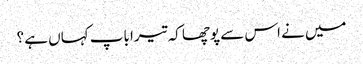
میں نے اس سے پوچھا کہ تیرا باپ کہاں ہے ؟